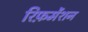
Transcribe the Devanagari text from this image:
रिफ़र्मेंशन